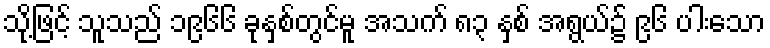
သို့ဖြင့် သူသည် ၁၉၆၆ ခုနှစ်တွင်မူ အသက် ၈၃ နှစ် အရွယ်၌ ၉၆ ပါးသော